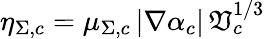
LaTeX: \eta_{\Sigma,c}=\mu_{\Sigma,c}\, |\nabla\alpha_{c}|\, \mathfrak{V}_{c}^{1/3}